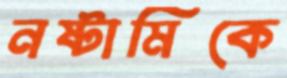
নষ্টামিকে